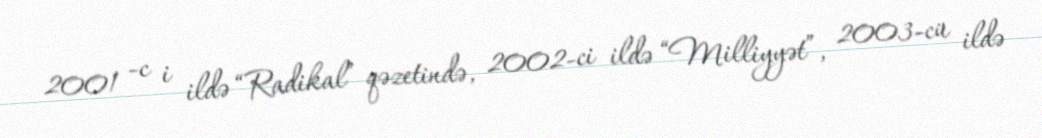
2001 -c i ildə “Radikal” qəzetində, 2002-ci ildə “Milliyyət”, 2003-cü ildə